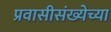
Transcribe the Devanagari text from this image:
प्रवासीसंख्येच्या